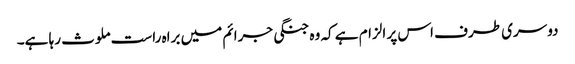
دوسری طرف اس پر الزام ہے کہ وہ جنگی جرائم میں براہ راست ملوث رہا ہے۔